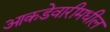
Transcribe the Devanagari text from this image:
आकडेवारीमधील